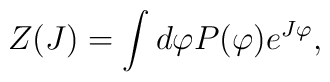
Z(J)=\int d\varphi P(\varphi)e^{J\varphi},